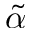
\tilde { \alpha }